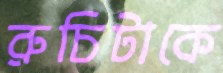
রুচিটাকে